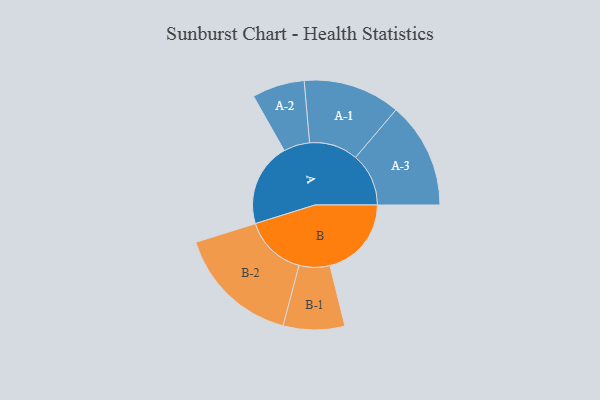
{"axis": {"x": "Segment", "y": "Value"}, "legend": ["", "A", "B"], "data": [{"x": "A", "y": 350, "type": ""}, {"x": "B", "y": 342, "type": ""}, {"x": "A-1", "y": 204, "type": "A"}, {"x": "A-2", "y": 110, "type": "A"}, {"x": "A-3", "y": 223, "type": "A"}, {"x": "B-1", "y": 129, "type": "B"}, {"x": "B-2", "y": 260, "type": "B"}]}